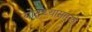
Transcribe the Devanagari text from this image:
योद्ध्यासारखे